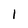
Character: 1